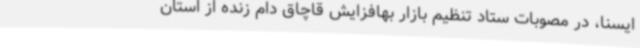
ایسنا، در مصوبات ستاد تنظیم بازار بهافزایش قاچاق دام زنده از استان